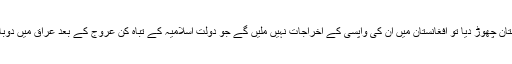
ایک بار اگر امریکی فوجو ں نے افغانستان چھوڑ دیا تو افغانستان میں ان کی واپسی کے اخراجات نہیں ملیں گے جو دولت اسلامیہ کے تباہ کن عروج کے بعد عراق میں دوبارہ واپس آنے سے کہیں زیادہ ہوں گے۔